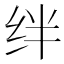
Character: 绊